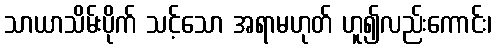
သာယာသိမ်းပိုက် သင့်သော အရာမဟုတ် ဟူ၍လည်းကောင်း၊